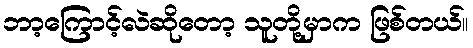
ဘာ့ကြောင့်လဲဆိုတော့ သူတို့မှာက ဖြစ်တယ်။